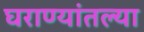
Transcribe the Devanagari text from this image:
घराण्यांतल्या